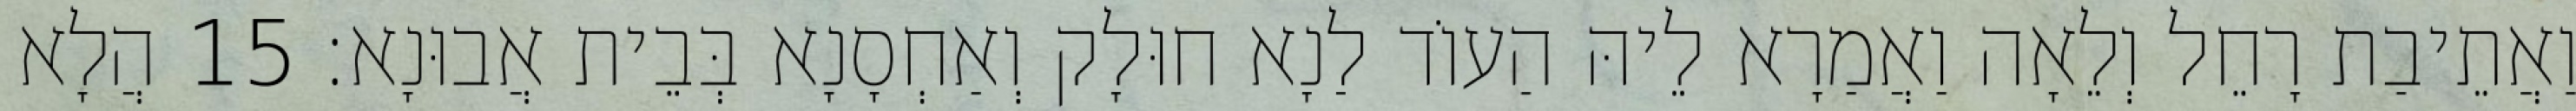
וַאֲתֵיבַת רָחֵל וְלֵאָה וַאֲמַרָא לֵיהּ הַעוֹד לַנָא חוּלָק וְאַחְסָנָא בְּבֵית אֲבוּנָא׃ 15 הֲלָא